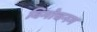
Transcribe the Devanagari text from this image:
विमोचनम